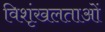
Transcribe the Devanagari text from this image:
विशृंखलताओं